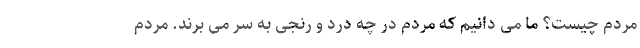
مردم چیست؟ ما می دانیم که مردم در چه درد و رنجی به سر می برند. مردم